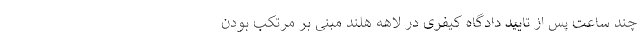
چند ساعت پس از تایید دادگاه کیفری در لاهه هلند مبنی بر مرتکب بودن